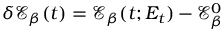
\delta \mathcal { E } _ { \beta } ( t ) = \mathcal { E } _ { \beta } ( t ; E _ { t } ) - \mathcal { E } _ { \beta } ^ { 0 }